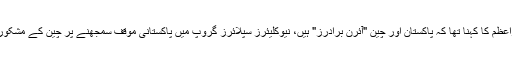
وزیراعظم کا کہنا تھا کہ پاکستان اور چین "آئرن برادرز" ہیں، نیوکلیئرز سپلائرز گروپ میں پاکستانی موقف سمجھنے پر چین کے مشکور ہیں۔